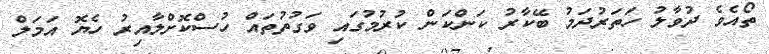
ތޯއެވެ ދުވާލު ހަތަރުދަމު ބޭކާރު ކަންކަން ކުރުމުގައި ވަގުތުތައް ހުސްކޮށްލާއިރު ހެޔޮ އަމަލް